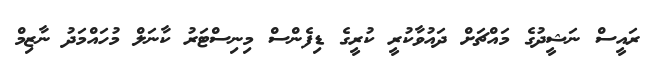
ރައީސް ނަޝީދުގެ މައްޗަށް ދައުވާކުރީ ކުރީގެ ޑިފެންސް މިނިސްޓަރު ކާނަލް މުހައްމަދު ނާޒިމް